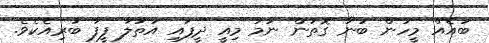
ބައެއް މީހުން ބުނާ ގޮތުން ނަމަ މިއީ ދީފައި އަތުލާ ފީފާ ބުރިއެކެވެ.